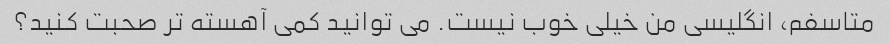
متاسفم، انگلیسی من خیلی خوب نیست. می توانید کمی آهسته تر صحبت کنید؟